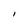
Character: I